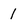
Character: l